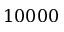
1 0 0 0 0